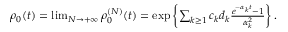
\begin{array} { r } { \rho _ { 0 } ( t ) = \operatorname* { l i m } _ { N \to + \infty } \rho _ { 0 } ^ { ( N ) } ( t ) = \exp \left\{ \sum _ { k \geq 1 } c _ { k } d _ { k } \frac { e ^ { - \alpha _ { k } t } - 1 } { \alpha _ { k } ^ { 2 } } \right\} . } \end{array}